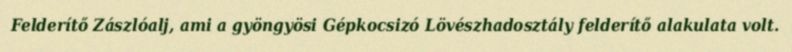
Felderítő Zászlóalj, ami a gyöngyösi Gépkocsizó Lövészhadosztály felderítő alakulata volt.